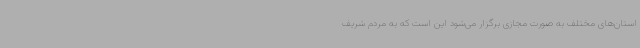
استان‌های مختلف به صورت مجازی برگزار می‌شود این است که به مردم شریف